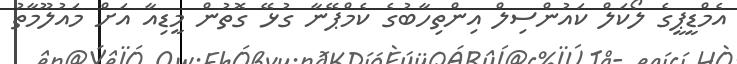
އެމްޑީޕީގެ ލޯކަލް ކައުންސިލް އިންތިހާބުގެ ކެމްޕޭނާ ގުޅޭ ގޮތުން މީޑިއާ އަށް މައުލޫމާތު